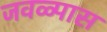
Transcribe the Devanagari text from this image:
जवळ्पास